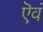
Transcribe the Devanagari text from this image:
ऎवं